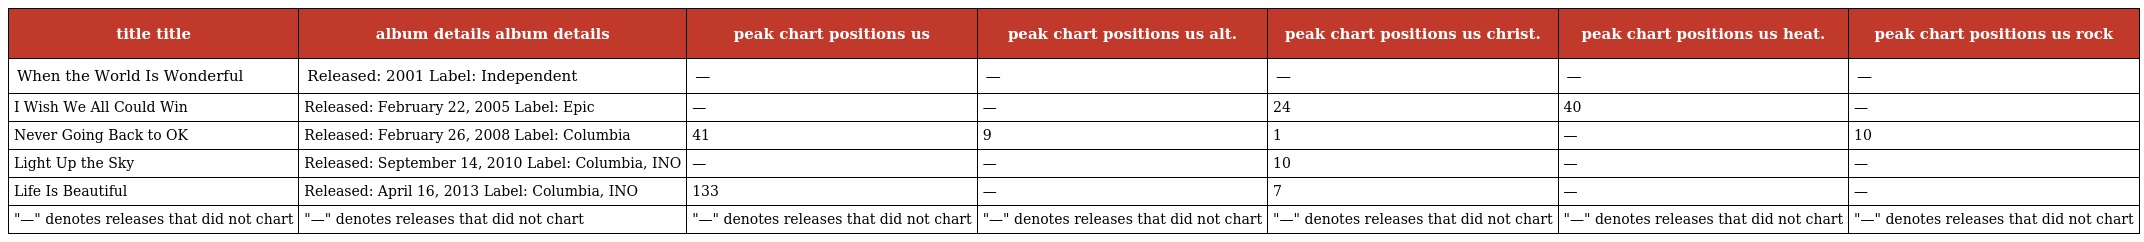
| title title | album details album details | peak chart positions us | peak chart positions us alt. | peak chart positions us christ. | peak chart positions us heat. | peak chart positions us rock |
 | --- | --- | --- | --- | --- | --- | --- |
 | When the World Is Wonderful | Released: 2001 Label: Independent | — | — | — | — | — |
 | I Wish We All Could Win | Released: February 22, 2005 Label: Epic | — | — | 24 | 40 | — |
 | Never Going Back to OK | Released: February 26, 2008 Label: Columbia | 41 | 9 | 1 | — | 10 |
 | Light Up the Sky | Released: September 14, 2010 Label: Columbia, INO | — | — | 10 | — | — |
 | Life Is Beautiful | Released: April 16, 2013 Label: Columbia, INO | 133 | — | 7 | — | — |
 | "—" denotes releases that did not chart | "—" denotes releases that did not chart | "—" denotes releases that did not chart | "—" denotes releases that did not chart | "—" denotes releases that did not chart | "—" denotes releases that did not chart | "—" denotes releases that did not chart |